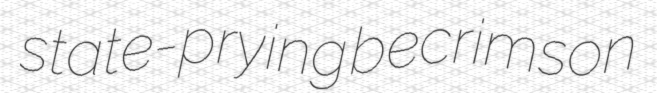
state-prying becrimson